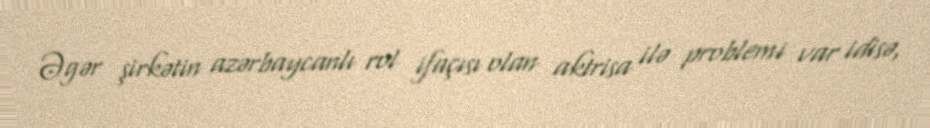
Əgər şirkətin azərbaycanlı rol ifaçısı olan aktrisa ilə problemi var idisə,